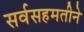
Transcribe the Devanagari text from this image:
सर्वसहमतीने